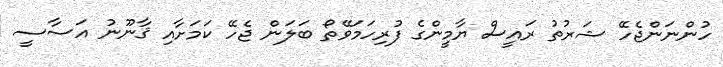
ހުންނަންޖެހޭ ޝަރުތު ރައީސް ޔާމީންގެ ފުރިހަމަވޭތޯ ބަލަން ޖެހޭ ކަމަށާއި ޤާނޫނު އަސާސީ